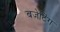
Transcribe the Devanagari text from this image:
बजेटिंग